Lunatic asylums in Bengal annual reports 1899-1911 - 1899-1911
Year: 1899
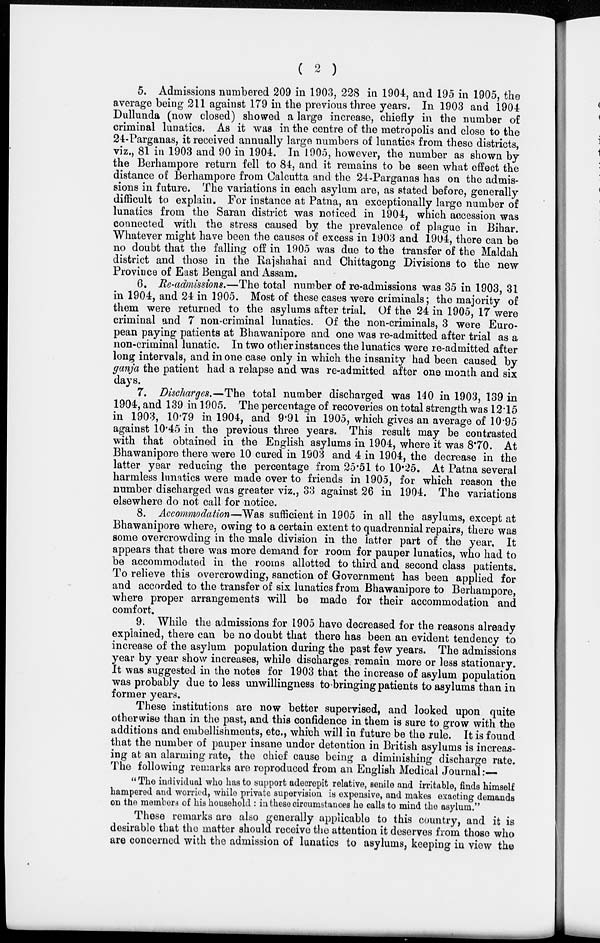
( 2 )
5. Admissions numbered 209 in 1903, 228 in 1904, and 195 in 1905, the
average being 211 against 179 in the previous three years. In 1903 and 1904
Dullunda (now closed) showed a large increase, chiefly in the number of
criminal lunatics. As it was in the centre of the metropolis and close to the
24-Parganas, it received annually large numbers of lunatics from these districts,
viz., 81 in 1903 and 90 in 1904. In 1905, however, the number as shown by
the Berhampore return fell to 84, and it remains to be seen what effect the
distance of Berhampore from Calcutta and the 24-Parganas has on the admis-
sions in future. The variations in each asylum are, as stated before, generally
difficult to explain. For instance at Patna, an exceptionally large number of
lunatics from the Saran district was noticed in 1904, which accession was
connected with the stress caused by the prevalence of plague in Bihar.
Whatever might have been the causes of excess in 1903 and 1904, there can be
no doubt that the falling off in 1905 was due to the transfer of the Maldah
district and those in the Rajshahai and Chittagong Divisions to the new
Province of East Bengal and Assam.
6. Re-admissions.—The total number of re-admissions was 35 in 1903, 31
in 1904, and 24 in 1905. Most of these cases were criminals; the majority of
them were returned to the asylums after trial. Of the 24 in 1905, 17 were
criminal and 7 non-criminal lunatics. Of the non-criminals, 3 were Euro-
pean paying patients at Bhawanipore and one was re-admitted after trial as a
non-criminal lunatic. In two other instances the lunatics were re-admitted after
long intervals, and in one case only in which the insanity had been caused by
ganja the patient had a relapse and was re-admitted after one month and six
days.
7. Discharges.—The total number discharged was 140 in 1903, 139 in
1904,and 139 in 1905. The percentage of recoveries on total strength was 12.15
in 1903, 10.79 in 1904, and 9.91 in 1905, which gives an average of 10.95
against 10.45 in the previous three years. This result may be contrasted
with that obtained in the English asylums in 1904, where it was 8.70. At
Bhawanipore there were 10 cured in 1903 and 4 in 1904, the decrease in the
latter year reducing the percentage from 25.51 to 10.25. At Patna several
harmless lunatics were made over to friends in 1905, for which reason the
number discharged was greater viz., 33 against 26 in 1904. The variations
elsewhere do not call for notice.
8. Accommodation—Was sufficient in 1905 in all the asylums, except at
Bhawanipore where, owing to a certain extent to quadrennial repairs, there was
some overcrowding in the male division in the latter part of the year. It
appears that there was more demand for room for pauper lunatics, who had to
be accommodated in the rooms allotted to third and second class patients.
To relieve this overcrowding, sanction of Government has been applied for
and accorded to the transfer of six lunatics from Bhawanipore to Berhampore,
where proper arrangements will be made for their accommodation and
comfort.
9. While the admissions for 1905 have decreased for the reasons already
explained, there can be no doubt that there has been an evident tendency to
increase of the asylum population during the past few years. The admissions
year by year show increases, while discharges remain more or less stationary.
It was suggested in the notes for 1903 that the increase of asylum population
was probably due to less unwillingness to bringing patients to asylums than in
former years.
These institutions are now better supervised, and looked upon quite
otherwise than in the past, and this confidence in them is sure to grow with the
additions and embellishments, etc., which will in future be the rule. It is found
that the number of pauper insane under detention in British asylums is increas-
ing at an alarming rate, the chief cause being a diminishing discharge rate.
The following remarks are reproduced from an English Medical Journal :—
" The individual who has to support adecrepit relative, senile and irritable, finds himself
hampered and worried, while private supervision is expensive, and makes exacting demands
on the members of his household : in these circumstances he calls to mind the asylum."
These remarks are also generally applicable to this country, and it is
desirable that the matter should receive the attention it deserves from those who
are concerned with the admission of lunatics to asylums, keeping in view the